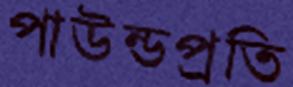
পাউন্ডপ্রতি